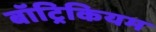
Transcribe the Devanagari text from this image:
बॉट्रिकियम